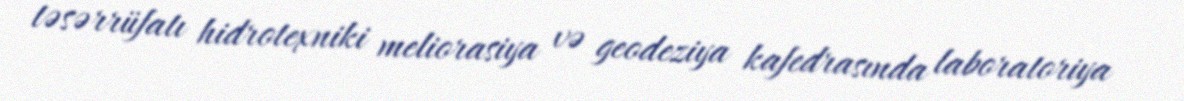
təsərrüfatı hidrotexniki meliorasiya və geodeziya kafedrasında laboratoriya